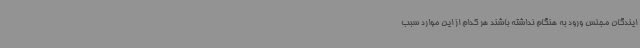
ایندگان مجلس ورود به هنگام نداشته باشند هر کدام از این موارد سبب